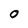
Character: 0